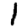
Digit: 1